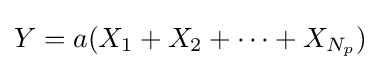
Y=a(X_{1}+X_{2}+\cdots +X_{N_{p}})